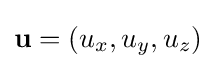
\mathbf {u} =(u_{x},u_{y},u_{z})